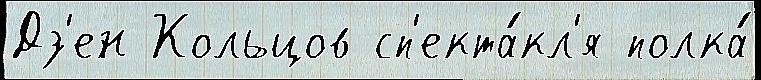
Дз'ен Кольцов сп'екта́кл'я полка́